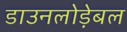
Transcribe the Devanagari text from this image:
डाउनलोड़ेबल